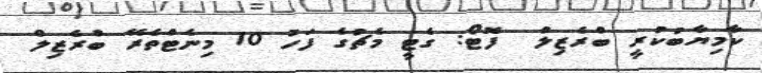
ކާމިޔާބުކުރީ ބްރެޒިލް  ފޮޓޯ: ގެޓީ މެޗުގެ ފަހު 10 މިނެޓްތެރޭ ބްރެޒިލް